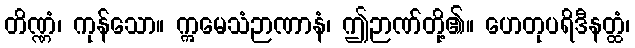
တိဏ္ဏံ၊ ကုန်သော။ ဣမေသံဉာဏာနံ၊ ဤဉာဏ်တို့၏။ ဟေတုပရိဒီနတ္ထံ၊